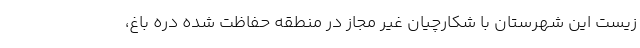
زیست این شهرستان با شکارچیان غیر مجاز در منطقه حفاظت شده دره باغ،